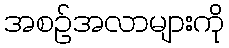
အစဉ်အလာများကို